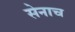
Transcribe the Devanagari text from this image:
सेनाच